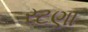
રટણા